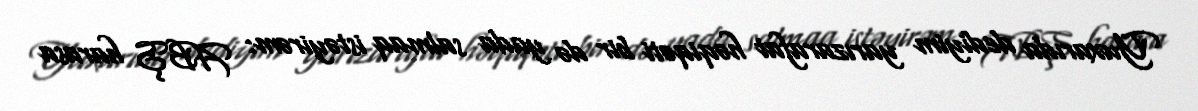
Yuxarıda dediyim yarızarafat həqiqəti bir də yada salmaq istəyirəm: ABŞ harasa